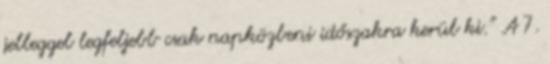
jelleggel legfeljebb csak napközbeni időszakra kerül ki.” A 7.